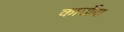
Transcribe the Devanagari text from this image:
कार्डोबा